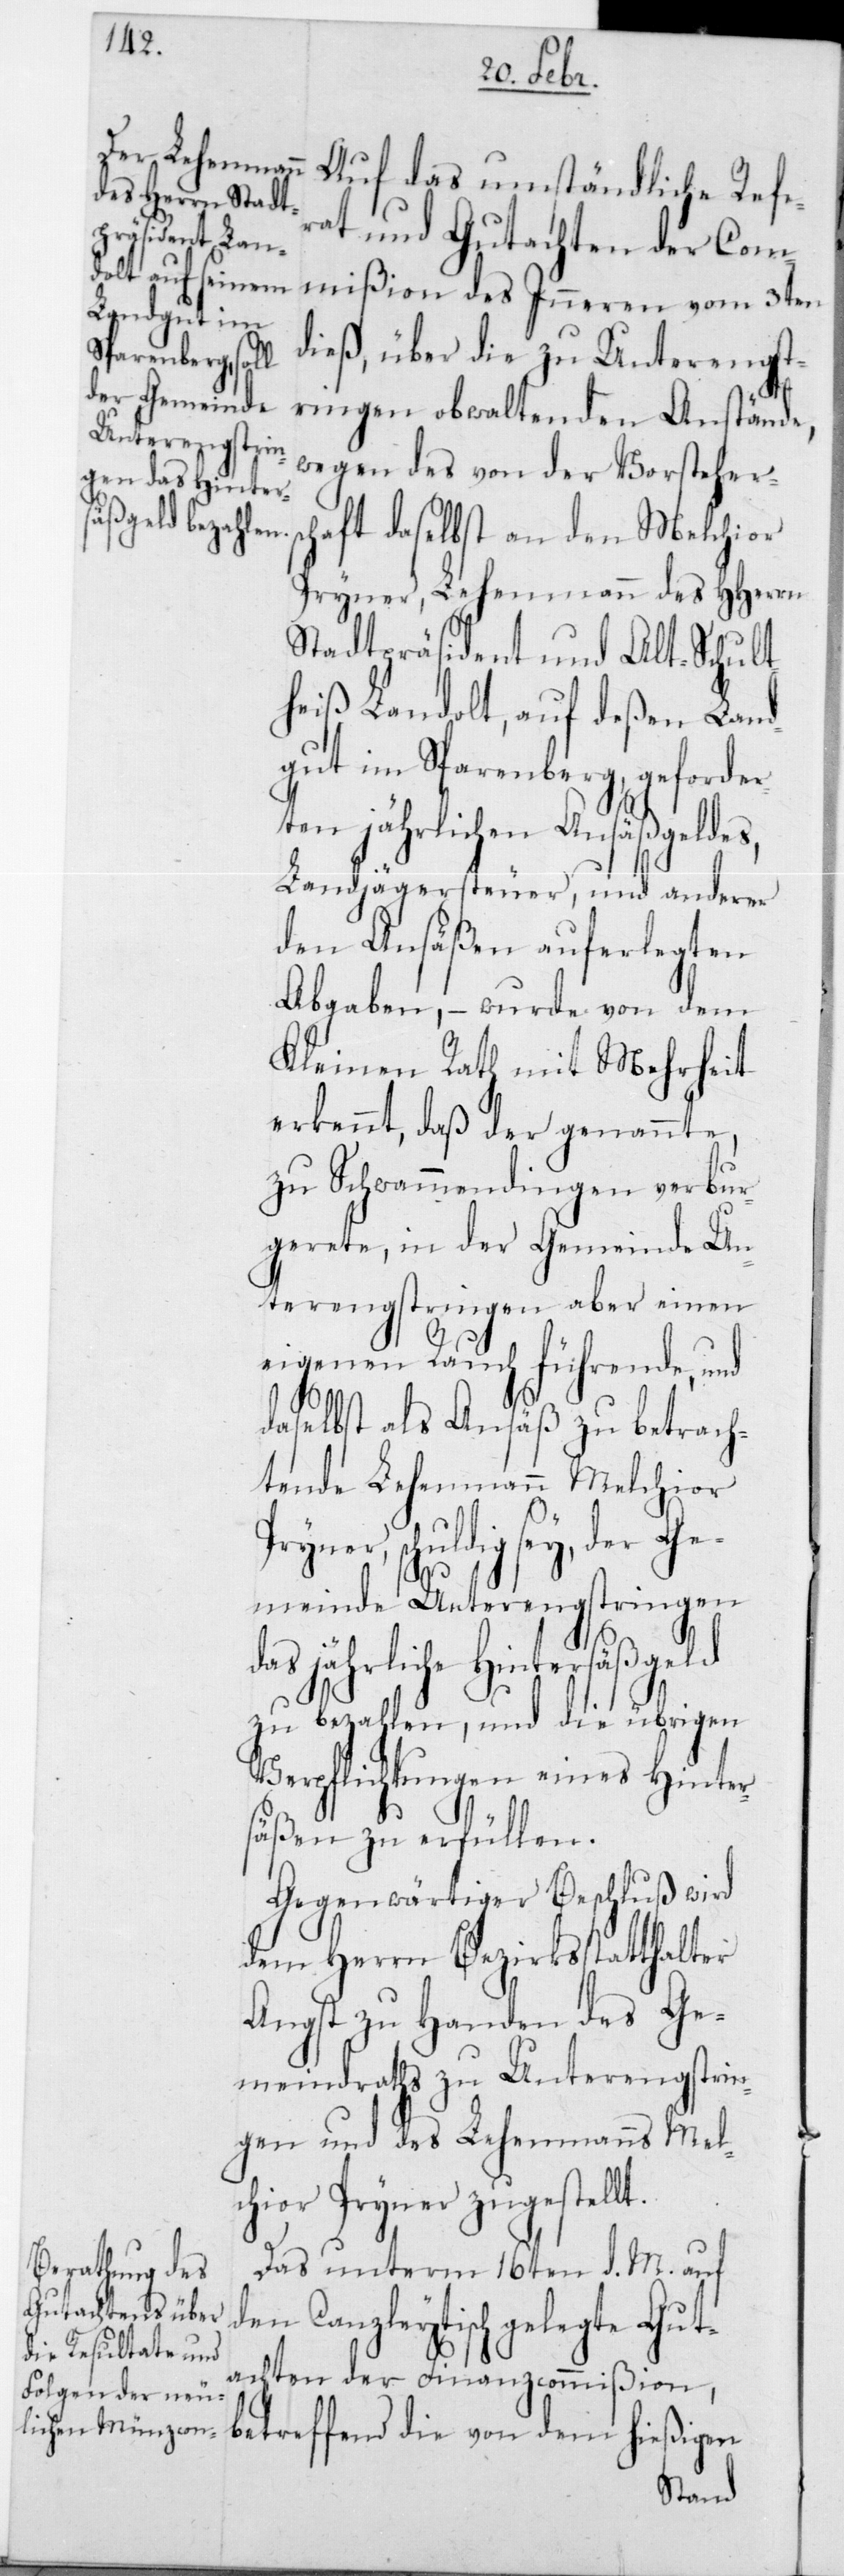
rat und Gutachten der Com¬
mißion des Innern vom 3ten
dieß, über die zu Unterengst¬
ringen obwaltenden Anstände,
wegen des von der Vorsteher¬
haft daselbst an den Melchior
Pryner, Lehenmann des HHerren
Stadtpräsident und Alt-Schult¬
heiß Landolt, auf deßen Land¬
gut im Sparenberg, geforder¬
eten jährlichen Ansäßgeldes,
Landjägersteuer, und anderer
den Ansäßen auferlegten
Abgaben, – wurde von dem
Kleinen Rath mit Mehrheit
erkennt, daß der genannte,
zu Schwammendingen verbur¬
gerete, in der Gemeinde Un¬
terengstringen aber einen
eigenen Rauch führende, und
daselbst als Ansäß zu betrach¬
tende Lehenmann Melchior
Pry¬
ner, schuldig sey, der Ge¬
meinde Unterengstringen
das jährliche Hintersäßgeld
zu bezahlen, und die übrigen
Verpflichtungen eines Hinter¬
säßen zu erfüllen.
Gegenwärtiger Beschluß wird
dem Herrn Bezirksstatthalter
Angst zu Handen des Ge¬
meindraths zu Unterengstrin¬
gen und des Lehenmanns Mel¬
chior Pryner zugestellt.
Das unterm 16ten d. M. auf
den Canzleytisch gelegte Gut¬
achten der Finanzcommißion,
betreffend die von dem hießigen